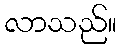
လာသည်။